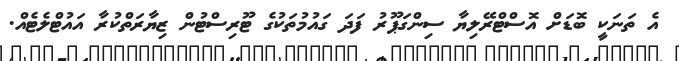
އެ ތަނަކީ ބޮޑަށް އޮސްޓްރޭލިޔާ ސިންގަޕޫރު ފަދަ ގައުމުތަކުގެ ޓޫރިސްޓުން ޒިޔާރަތްކުރާ އައުޓްލެޓެއް.